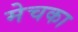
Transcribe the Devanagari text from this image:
मेचका